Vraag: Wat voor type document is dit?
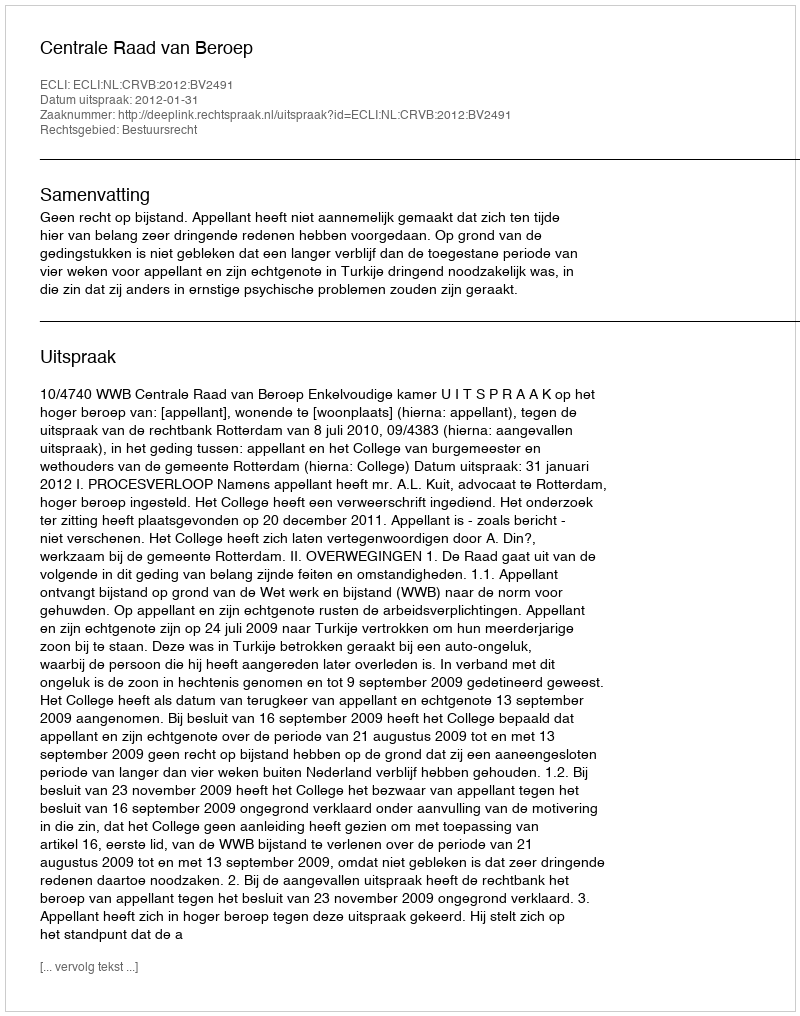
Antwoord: Uitspraak